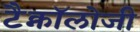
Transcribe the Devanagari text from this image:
टैक्नॉलोजी